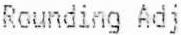
ROUNDING ADJ